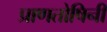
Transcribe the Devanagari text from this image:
प्राणतोषिनी